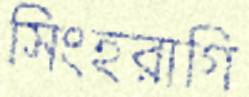
সিংহরাগি